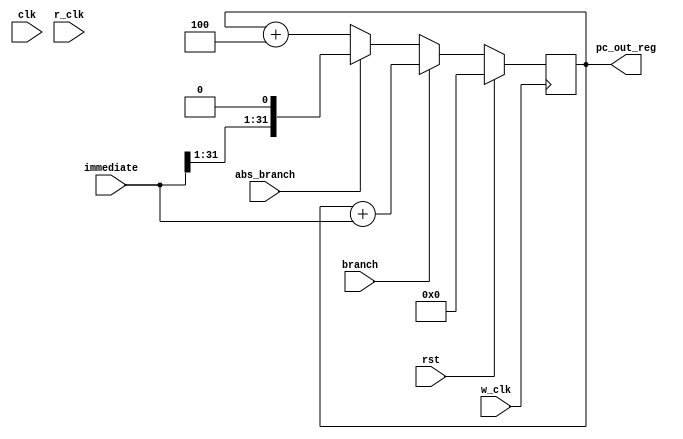
module pc #(parameter WIDTH = 32)
           (
            /* verilator lint_off UNUSED */
            input clk,
            input r_clk,
            /* verilator lint_off UNUSED */
            input w_clk,
            input rst,
            input branch,
            input abs_branch,
            input [WIDTH-1:0] immediate,
            output reg [WIDTH-1:0] pc_out_reg
            );
    
    initial begin
        pc_out_reg = 0;
    end
    
    // reg [31:0] pc_next_r;
    reg branch_r;
    reg abs_branch_r;
    
    always @(negedge w_clk) begin
        if (rst == 1) begin
            pc_out_reg <= 0;
            end else begin
            if (branch_r == 1) begin
                pc_out_reg <= pc_out_reg + immediate;
                end else if (abs_branch_r == 1)begin
                    pc_out_reg <= {immediate[31:1],1'b0};
                end else
                begin
                    pc_out_reg <= pc_out_reg + 4;
            end
        end
    end

    // always @(posedge r_clk ) begin
    //     pc_out_reg <= pc_next_r;
    // end
    
    always @(*) begin
        branch_r     = branch;
        abs_branch_r = abs_branch;
    end
    
endmodule